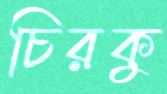
চিরকু